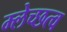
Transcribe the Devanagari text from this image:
म्लेच्छत्व